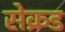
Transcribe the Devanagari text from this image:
सेक्रड